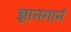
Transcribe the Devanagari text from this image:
ज्ञानगानं